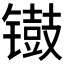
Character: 𫔐